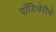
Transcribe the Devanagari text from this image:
पाँडिचेरीचे